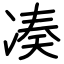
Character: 凑